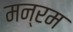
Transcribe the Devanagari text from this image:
मन्रम